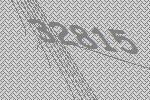
32815